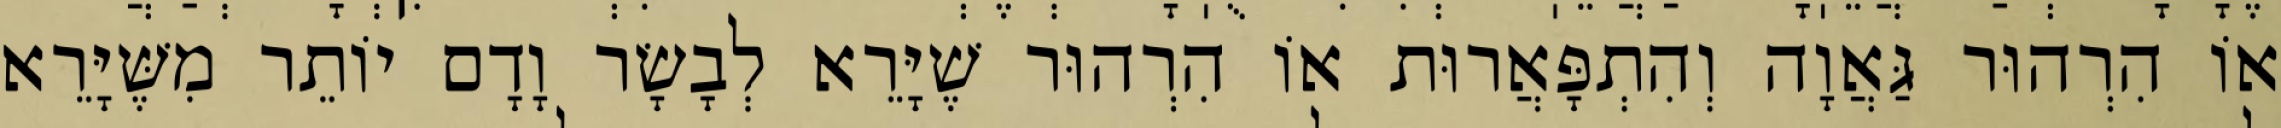
אוֹ הִרְהוּר גַּאֲוָה וְהִתְפָּאֲרוּת אוֹ הִרְהוּר שֶׁיָּרֵא לְבָשָׂר וָדָם יוֹתֵר מִשֶּׁיָּרֵא